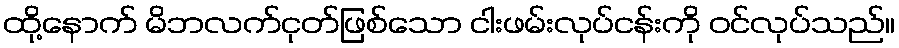
ထို့နောက် မိဘလက်ငုတ်ဖြစ်သော ငါးဖမ်းလုပ်ငန်းကို ဝင်လုပ်သည်။